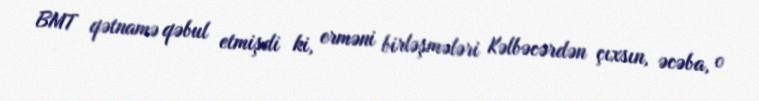
BMT qətnamə qəbul etmişdi ki, erməni birləşmələri Kəlbəcərdən çıxsın, əcəba, o